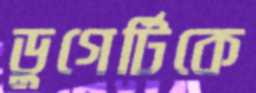
ডুগের্টিকে